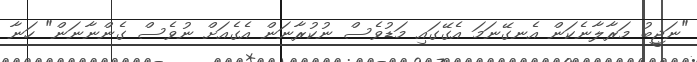
"ނަޖީބު މަރާލާނެކަން އެނގޭނަމަ އެގޭގައި މަޑުވެސް ނުކުރާނަން އެގެއަށް ނުވެސް ގެންނާނަން" ހަނާ